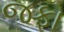
જફા